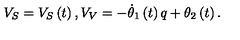
V _ { S } = V _ { S } \left( t \right) , V _ { V } = - \dot { \theta } _ { 1 } \left( t \right) q + \theta _ { 2 } \left( t \right) .